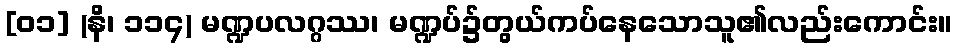
[၀၁] (နိ၊ ၁၁၄) မဏ္ဍပလဂ္ဂဿ၊ မဏ္ဍပ်၌တွယ်ကပ်နေသောသူ၏လည်းကောင်း။